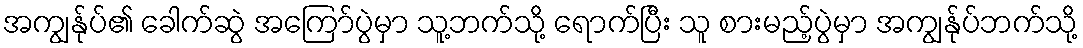
အကျွန်ုပ်၏ ခေါက်ဆွဲ အကြော်ပွဲမှာ သူ့ဘက်သို့ ရောက်ပြီး သူ စားမည့်ပွဲမှာ အကျွန်ုပ်ဘက်သို့